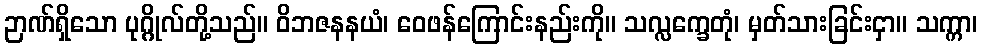
ဉာဏ်ရှိသော ပုဂ္ဂိုလ်တို့သည်။ ဝိဘဇနနယံ၊ ဝေဖန်ကြောင်းနည်းကို။ သလ္လက္ခေတုံ၊ မှတ်သားခြင်းငှာ။ သက္ကာ၊